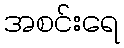
အစင်းရေ